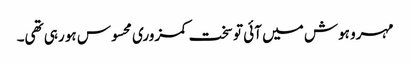
مہرو ہوش میں آئی تو سخت کمزوری محسوس ہو رہی تھی۔